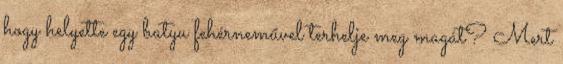
hogy helyette egy batyu fehérneművel terhelje meg magát? Mert